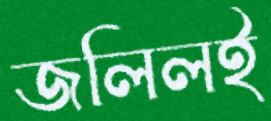
জলিলই